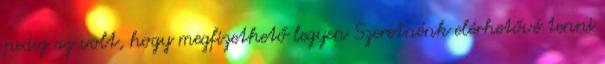
pedig az volt, hogy megfizethető legyen Szeretnénk elérhetővé tenni